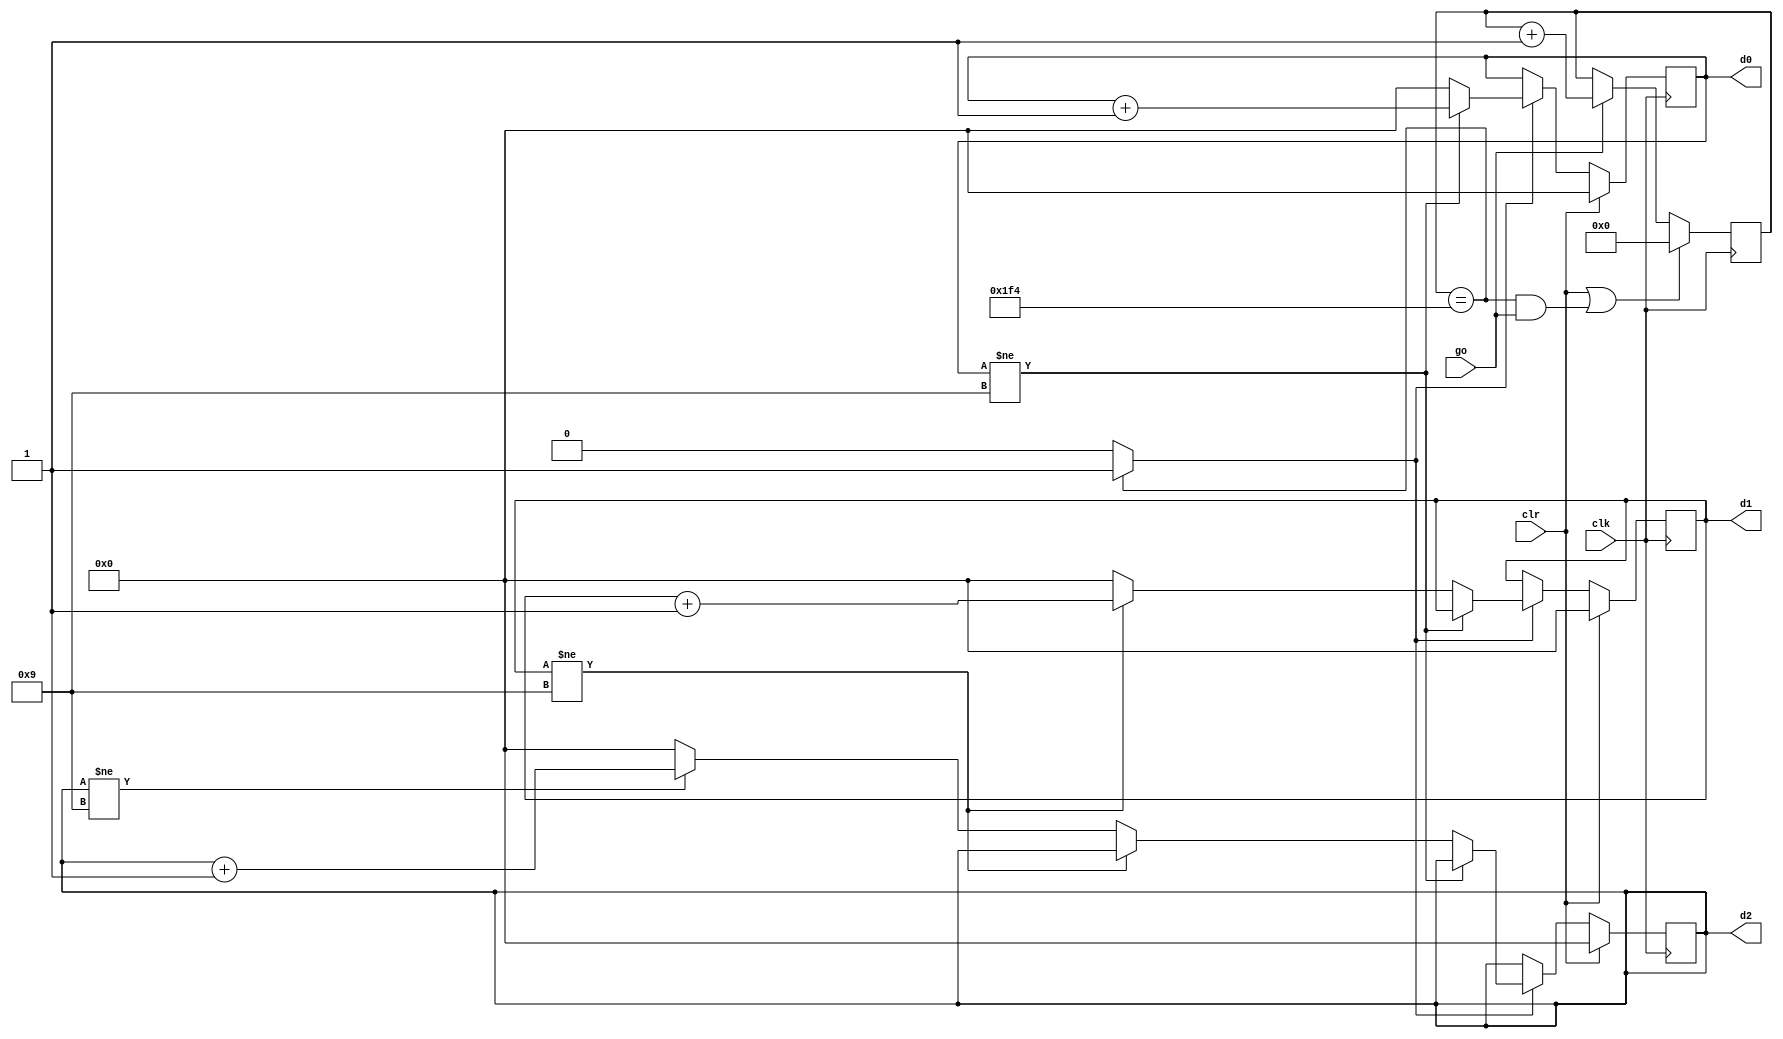
module stop_watch(
    input wire clk,
    input wire go,clr,
    output wire [3:0] d2,d1,d0
);
//declaration
//localparam DVSR=5000000;
localparam DVSR=500;
reg  [22:0] ms_reg;
wire [22:0] ms_next;
reg  [3:0]  d2_reg, d1_reg, d0_reg;
reg  [3:0]  d2_next, d1_next, d0_next;
wire  ms_tick;                
//body
//register
always @ (posedge clk)
begin
  ms_reg <= ms_next;
  d2_reg <= d2_next;
  d1_reg <= d1_next;
  d0_reg <= d0_next;
end
//next-static logic
// .1sec tick generator :mod 5000000
assign ms_next = (clr || (ms_reg==DVSR && go)) ? 4'b0 : 
          (go) ? ms_reg + 1 : 
           ms_reg;
assign ms_tick = (ms_reg==DVSR) ? 1'b1:1'b0 ;
// 3-digit bcd counter
always @*
begin 
// default: keep the previous value 
    d0_next=d0_reg;
    d1_next=d1_reg;
    d2_next=d2_reg;
    if(clr)
       begin 
          d0_next = 4'b0; 
          d1_next = 4'b0; 
          d2_next = 4'b0; 
       end
     else if (ms_tick)
        if (d0_reg !=9)
           d0_next =d0_reg + 1;
        else                    //reach XX9
           begin 
              d0_next = 4'b0;
              if (d1_reg != 9) 
                  d1_next = d1_reg + 1; 
              else                      // reach X99 
                 begin 
                    d1_next = 4'b0;
                    if (d2_reg != 9) 
                        d2_next=d2_reg +1;
                    else                     //reach 999
                       d2_next=4'b0;
                 end
           end
end
// output logic 
assign d0 = d0_reg;
assign d1 = d1_reg;  
assign d2 = d2_reg;    
endmodule